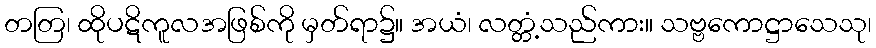
တတြ၊ ထိုပဋိကူလအဖြစ်ကို မှတ်ရာ၌။ အယံ၊ လတ္တံ့သည်ကား။ သဗ္ဗကောဋ္ဌာသေသု၊